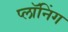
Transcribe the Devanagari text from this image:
प्लॉनिंग